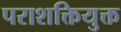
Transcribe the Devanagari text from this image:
पराशक्तियुक्त